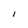
Character: I